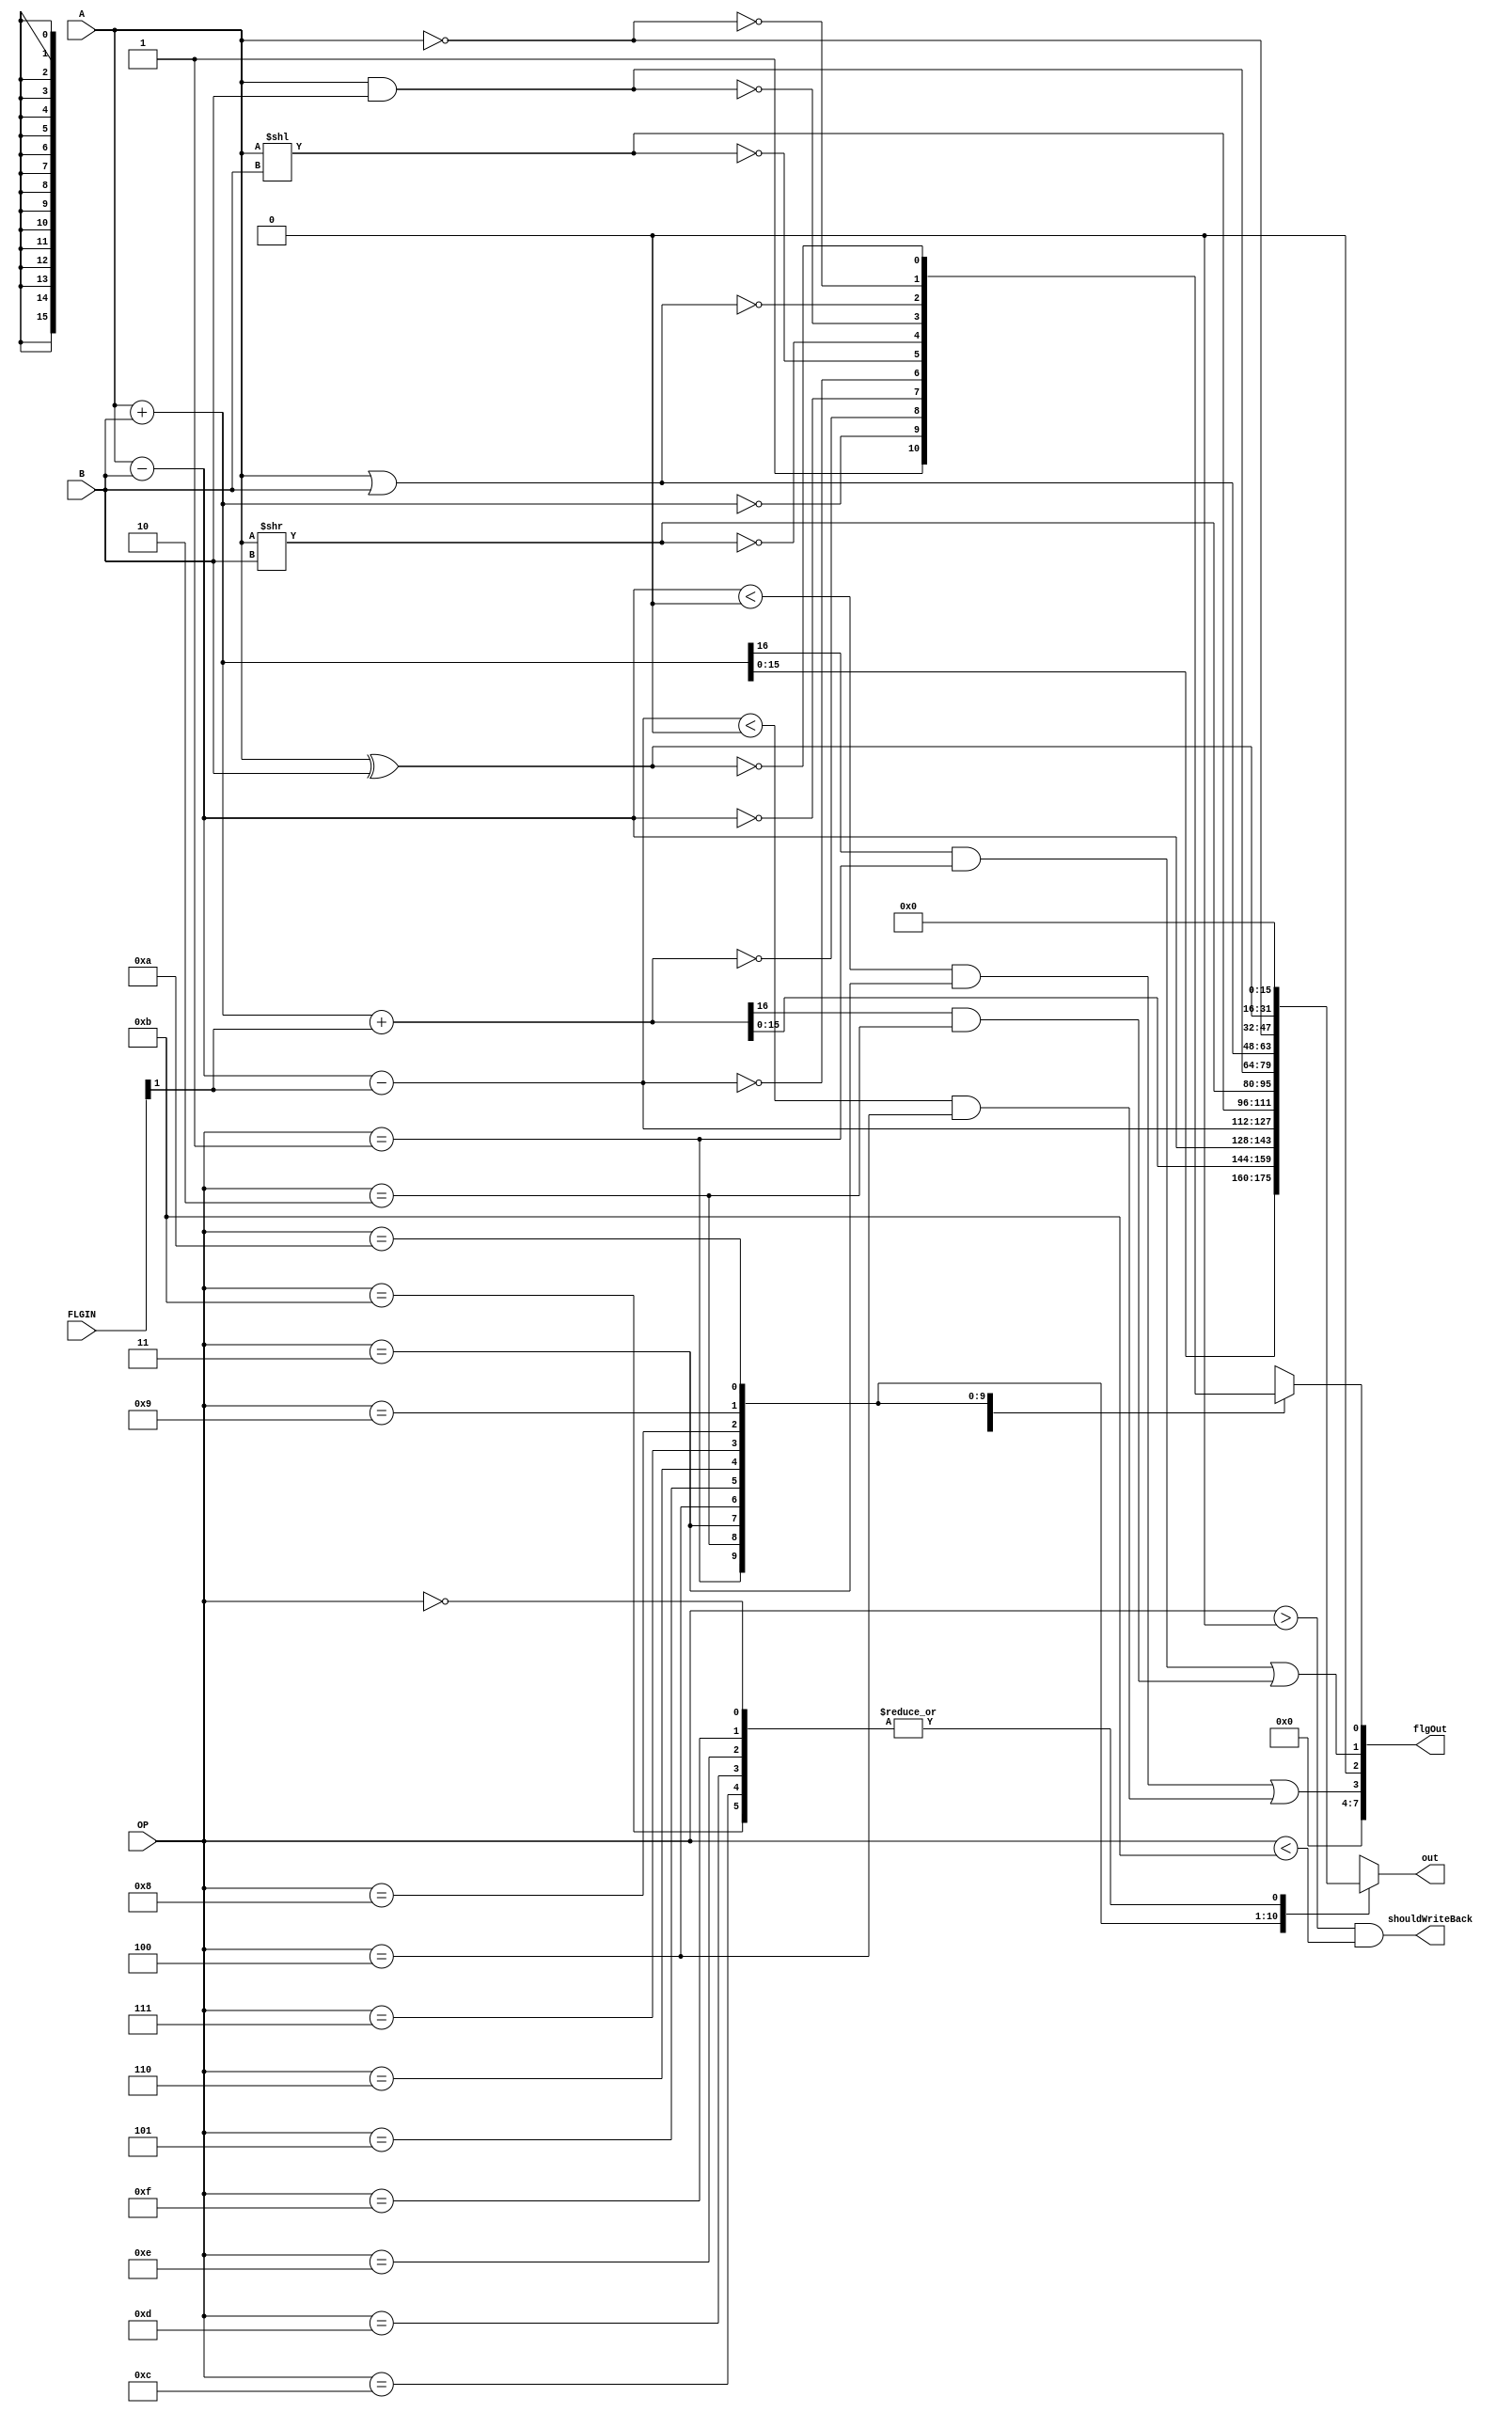
module ALU_37(
  OP,
  FLGIN,
  A,
  B,
  flgOut,
  out,
  shouldWriteBack
  );
input [3:0] OP;
input [7:0] FLGIN;
input [15:0] A;
input [15:0] B;
output [7:0] flgOut;
output [15:0] out;
output shouldWriteBack;
wire [15:0] nopWire;
wire [16:0] addWire;
wire [16:0] addcWire;
wire [15:0] subWire;
wire [15:0] subcWire;
wire [15:0] bslWire;
wire [15:0] bsrWire;
wire [15:0] andWire;
wire [15:0] orWire;
wire [15:0] invWire;
wire [15:0] xorWire;
wire [15:0] outputMuxWire[15:0];
assign nopWire=0;
assign addWire=A+B;
assign addcWire=A+B+FLGIN[1];
assign subWire=A-B;
assign subcWire=A-B-FLGIN[1];
assign bslWire=A<<B;
assign bsrWire=A>>B;
assign andWire=A&B;
assign orWire=A|B;
assign invWire=~A;
assign xorWire=A^B;
assign outputMuxWire[0]=nopWire;
assign outputMuxWire[1]=addWire[15:0];
assign outputMuxWire[2]=addcWire[15:0];
assign outputMuxWire[3]=subWire;
assign outputMuxWire[4]=subcWire;
assign outputMuxWire[5]=bslWire;
assign outputMuxWire[6]=bsrWire;
assign outputMuxWire[7]=andWire;
assign outputMuxWire[8]=orWire;
assign outputMuxWire[9]=invWire;
assign outputMuxWire[10]=xorWire;
assign outputMuxWire[11]=nopWire;
assign outputMuxWire[12]=nopWire;
assign outputMuxWire[13]=nopWire;
assign outputMuxWire[14]=nopWire;
assign outputMuxWire[15]=nopWire;
assign out=outputMuxWire[OP];
assign shouldWriteBack=OP>0&&OP<11; 
wire zero, carry, overflow, negative;
wire zeroMuxWire[10:0];
assign zeroMuxWire[0]=nopWire==0;
assign zeroMuxWire[1]=addWire==0;
assign zeroMuxWire[2]=addcWire==0;
assign zeroMuxWire[3]=subWire==0;
assign zeroMuxWire[4]=subcWire==0;
assign zeroMuxWire[5]=bslWire==0;
assign zeroMuxWire[6]=bsrWire==0;
assign zeroMuxWire[7]=andWire==0;
assign zeroMuxWire[8]=orWire==0;
assign zeroMuxWire[9]=invWire==0;
assign zeroMuxWire[10]=xorWire==0;
assign zero=zeroMuxWire[OP];
assign carry=addWire[16]&&(OP==1)||addcWire[16]&&(OP==2);
assign overflow=0;
assign negative=subWire<0&&(OP==3)||subcWire<0&&(OP==4);
assign flgOut[0]=zero;
assign flgOut[1]=carry;
assign flgOut[2]=overflow;
assign flgOut[3]=negative;
assign flgOut[7:4]=0;
endmodule